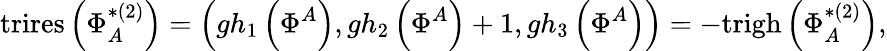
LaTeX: \mathrm{trires}\left(\Phi_{A}^{*(2)}\right)=\left(gh_{1}\left(\Phi^{A}\right),gh_{2}\left(\Phi^{A}\right)+1,gh_{3}\left(\Phi^{A}\right)\right)=-\mathrm{trigh}\left(\Phi_{A}^{*(2)}\right),